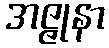
အဇ္ဇုနာ